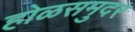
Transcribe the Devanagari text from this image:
होळसमुदर